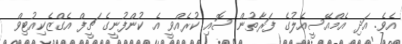
އެވެ. އަދި އެމްއޭސީއެލުގެ ފަރާތުން ސޮއި ކުރެއްވީ އެ ކުންފުނީގެ ޗީފް އެގްޒެކިއުޓިވް